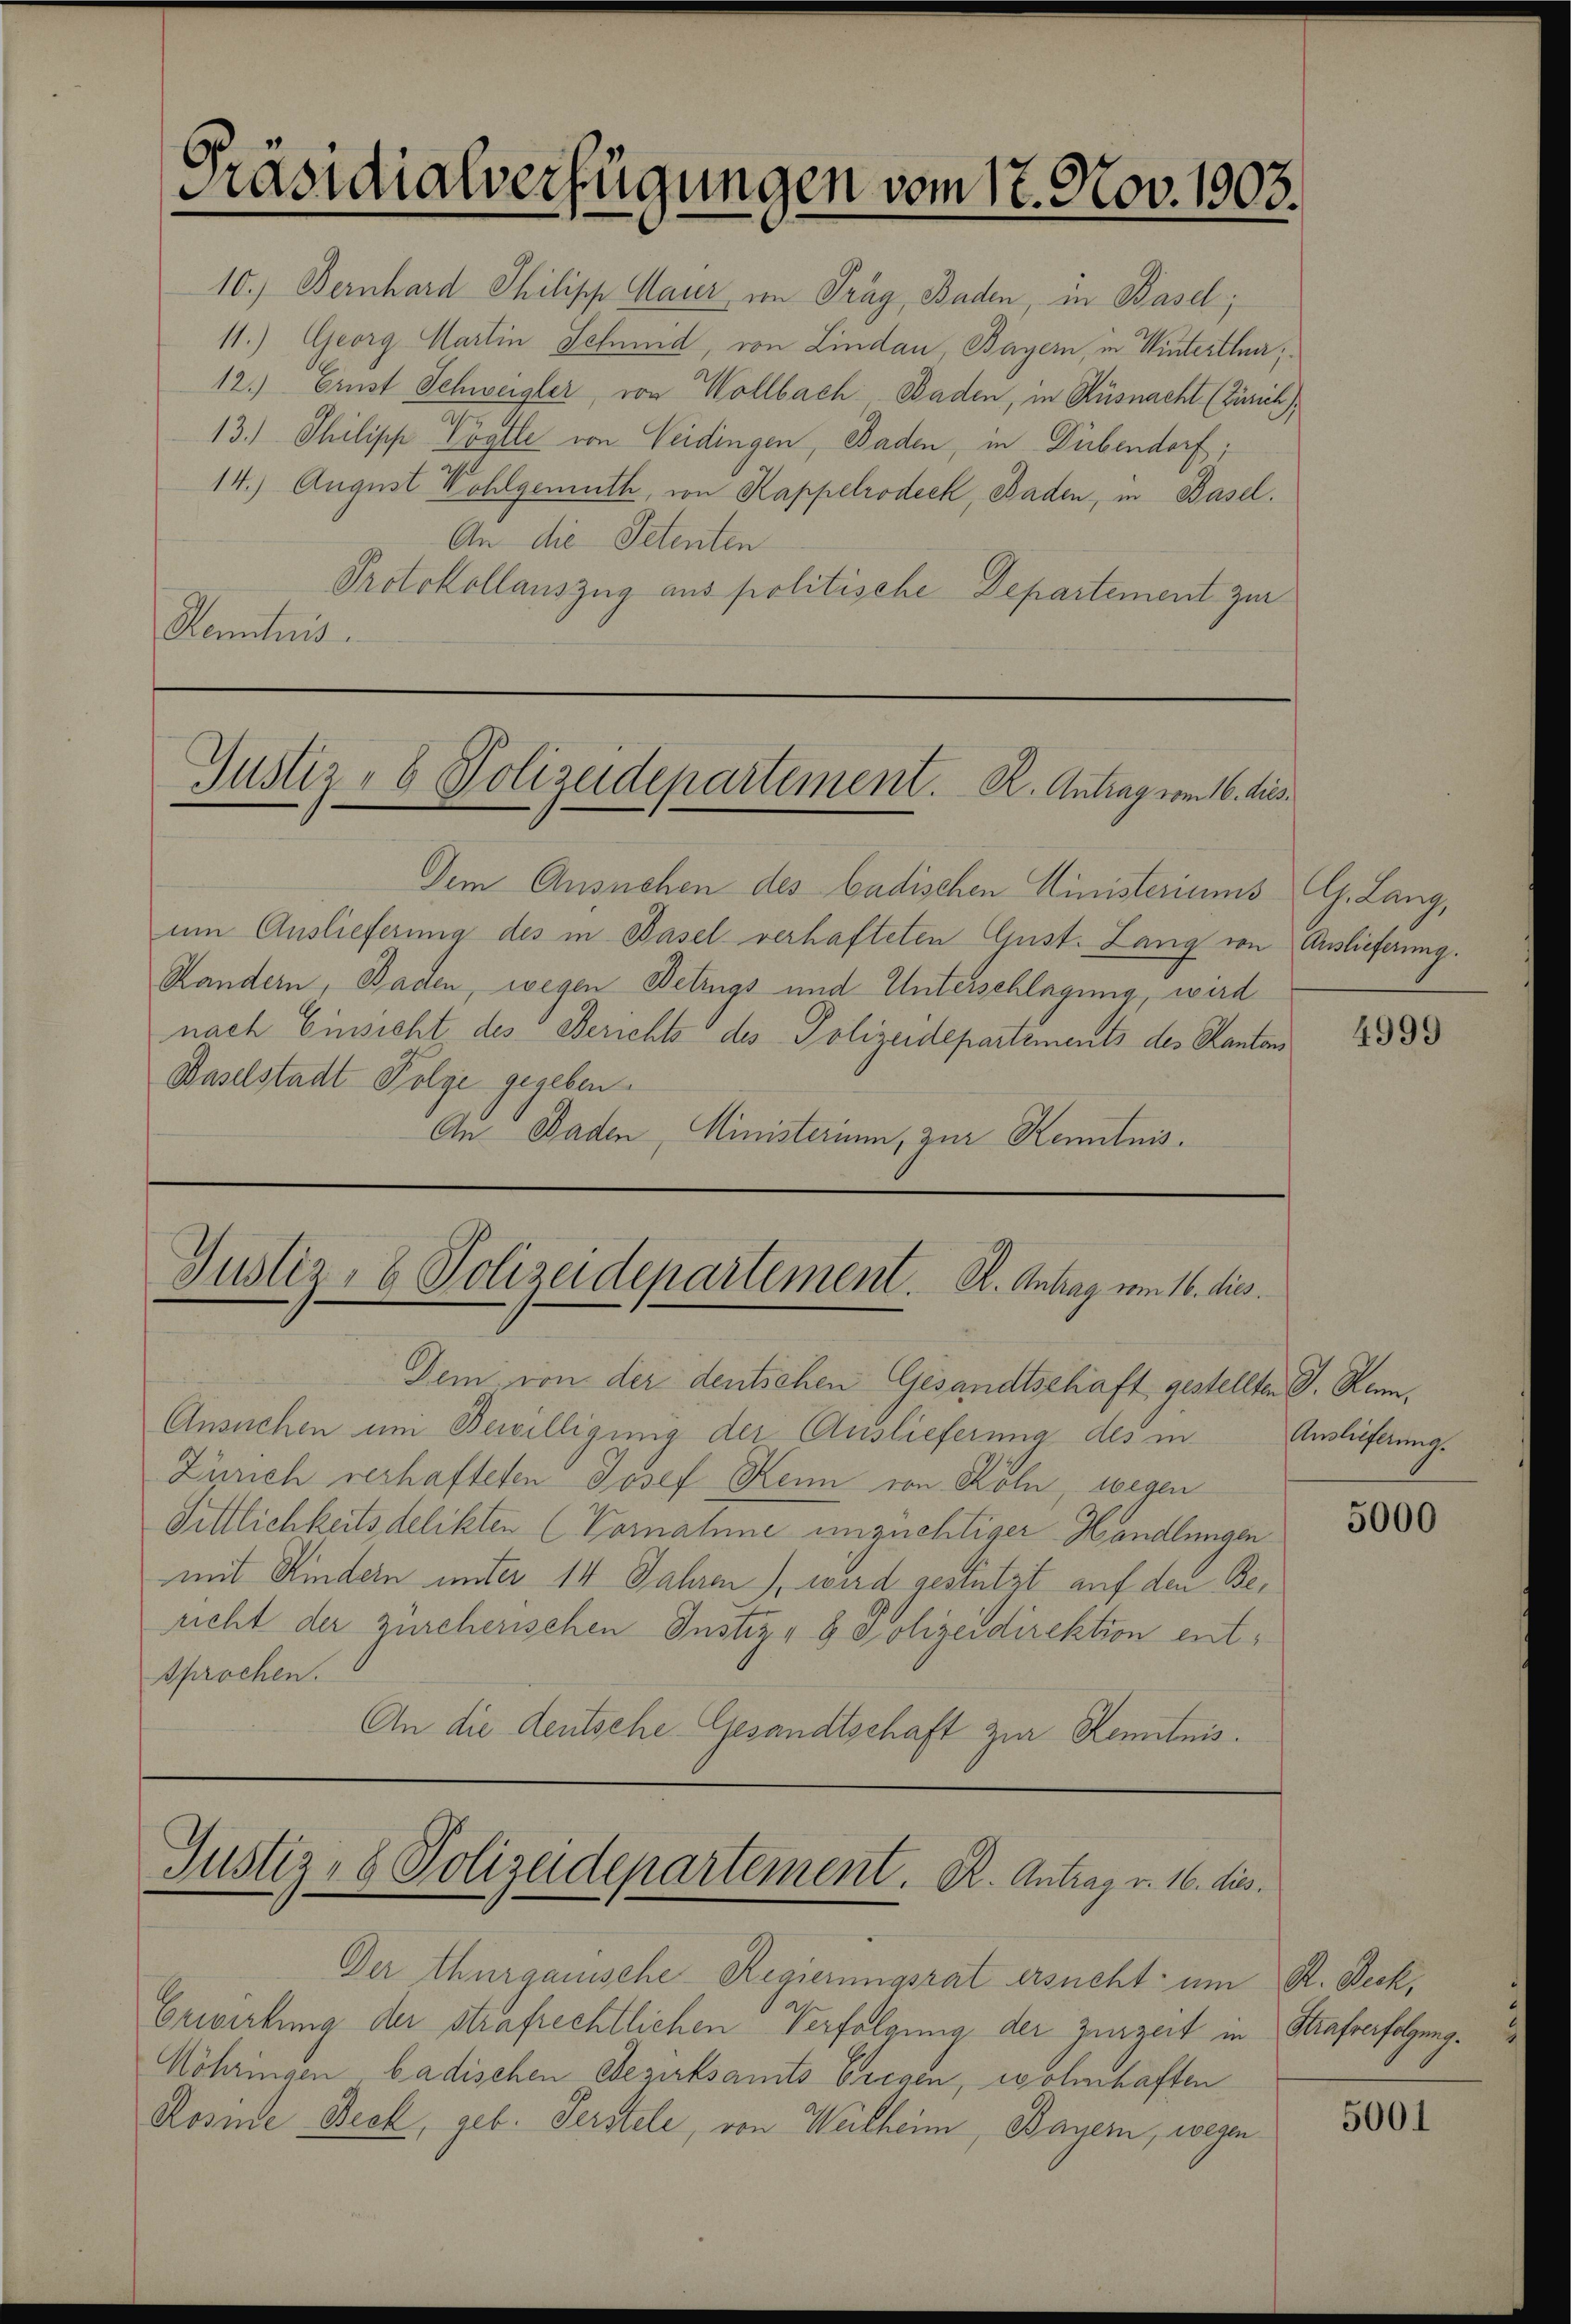
Präsidialverfügungen vom 12. Nov. 1903.

10.) Bernhard Philipp Mauer im Trag, Baden, in Basel;
11.) Georg Martin Schmid, von Lindau, Bayern, in Winterthur,
12.) Ernst Schweigler, von Wollbach Baden, in Küsnacht (Zürich),
13.) Philische Vögtle von Weidingen, Baden, in Dübendorf;
2
14.) August Wohlgemuth, von Kappelrodeck, Baden, in Basel.
An die Petenten
Protokollauszug aus politische Departement zur
Kenntnis.

Gustiz- & Polizeidepartement. R. Antrag vom 16. dies

Dem Ansuchen des badischen Ministeriums G. Lang,
um Auslieferung des in Basel verhafteten Gust. Lang von Auslieferung.
Randern, Baden, wegen Betrugs und Unterschlagung, wird
nach Einsicht des Berichts des Polizeidepartements des Kantons
Baselstadt Folge gegeben.
An Baden, Ministerium, zur Kenntnis.

Justiz- & Polizeidepartement. K. Antrag vom 16. dies

Justiz- & Polizeidepartement. R. Antrag v. 16. dies

Der thurgauische Regierungsrat ersucht, um R. Beck,
Erwirkung der strafrechtlichen Verfolgung der Zurzeit in Strafverfolgung.
Köhringen badischen Bezirksamts Geesen, wohnhaften
Rosnie Beck, geb. Perstele, von Weilheim, Bayern, wegen

Dem von der deutschen Gesandtschaft gestellten D. Renn,
Ansuchen um Bewilligung der Auslieferung des in
Zürich verhafteten Josef Kein von Köln, wegen
Sittlichkeits delikten (Vornahme unzüchtiger Handlungen
mit Kindern unter 14 Jahren wird gestützt auf den Bericht der zürcherischen Justiz- & Polizeidirektion entsprochen.
An die deutsche Gesandtschaft zur Kenntnis.

4999

Auslieferung.

5000

5001